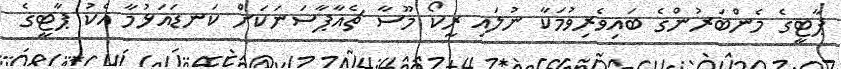
ޕާޓީގެ މެންބަރުންގެ ބައިވެރިވުމަކާ ނުލައި ރީކޯ މޫސާ ޗެއާޕާސަނަކަށް ކަނޑައަޅުމާ އެކު ޕާޓީގެ